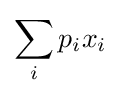
\sum _{i}p_{i}x_{i}